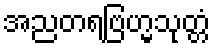
အညတရဗြဟ္မသုတ္တံ